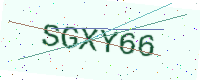
Text: SGXY66